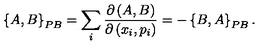
\left\{ A , B \right\} _ { { \footnotesize P B } } = \sum _ { i } \frac { \partial \left( A , B \right) } { \partial \left( x _ { i } , p _ { i } \right) } = - \left\{ B , A \right\} _ { { \footnotesize P B } } .